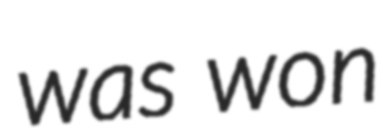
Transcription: was won